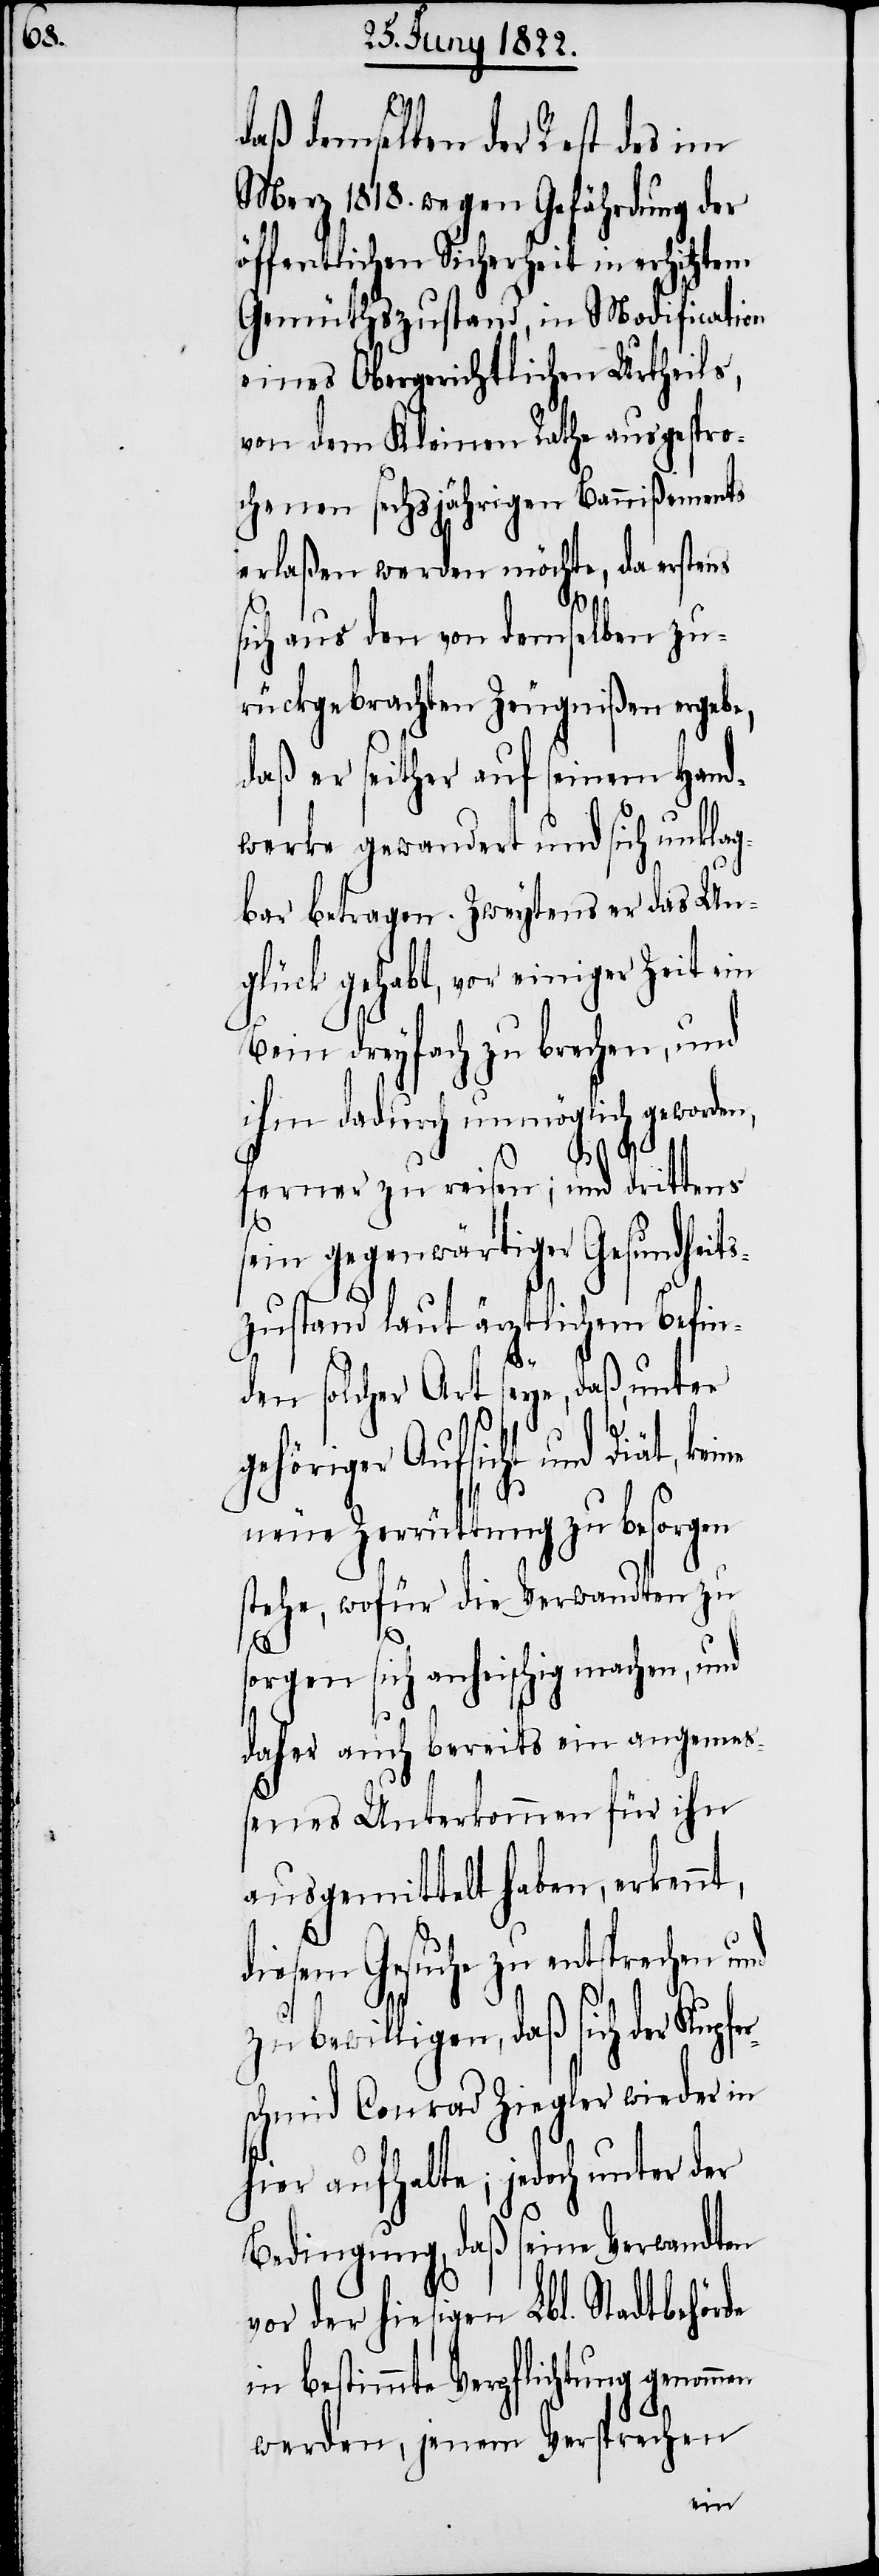
fer¬
daß demselben der Rest des im
Merz 1818. wegen Gefährdung der
öffentlichen Sicherheit in erhitztem
Gemüthszustand, in Modification
eines Obergerichtlichen Urtheils,
von dem Kleinen Rathe ausgespro¬
chenen sechsjährigen Bannißements
erlaßen werden möchte, da erstens
sich aus den von demselben zu¬
rückgebrachten Zeugnißen ergebe,
daß er seither auf seinem Hand¬
werke gewandert und sich unklag¬
bar betragen. Zweytens er das Un¬
glück gehabt, vor einiger Zeit ein
Bein dreyfach zu brechen, und
ihm dadurch unmöglich gewor¬
ferner zu reisen; und drittens
sein gegenwärtiger Gesundheits¬
zustand laut ärztlichem Befin¬
den solcher Art seye, daß unter
gehöriger Aufsicht und Diät, ke¬
neue Zerrüttung zu besorgen
stehe, wofür die Verwandten zu
sorgen sich anheischig machen, und
daher auch bereits ein angemes¬
senes Unterkommen für ihn
ausgemittelt haben, erkennt,
diesem Gesuche zu entsprechen
bewilligen, daß sich der Kup¬
schmid Conrad Ziegler wieder in
hier aufhalte; jedoch unter der
Bedingung, daß seine Verwandten
vor der hiesigen Lbl. Stadtbehörde
in bestimmte Verpflichtung genomm¬
werden, jenem Versprechen
en